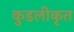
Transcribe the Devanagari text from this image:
कुडलीकृत